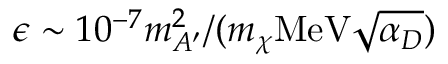
\epsilon \sim 1 0 ^ { - 7 } m _ { A ^ { \prime } } ^ { 2 } / ( m _ { \chi } \mathrm { M e V } \sqrt { \alpha _ { D } } )